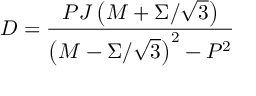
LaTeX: D = { \frac { P J \left( M + \Sigma / \sqrt { 3 } \right) } { \left( M - \Sigma / \sqrt { 3 } \right) ^ { 2 } - P ^ { 2 } } }